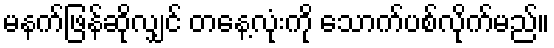
မနက်ဖြန်ဆိုလျှင် တနေ့လုံးကို သောက်ပစ်လိုက်မည်။